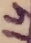
Text: 14